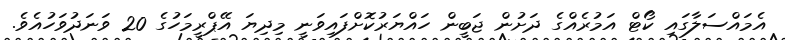
އެމައްސަލާގައި ކޯޓް އަމުރެއްގެ ދަށުން ޖަބީން ހައްޔަރުކޮށްފައިވަނީ މިދިޔަ އޭޕްރީމަހުގެ 20 ވަނަދުވަހުއެވެ.